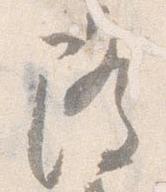
隆